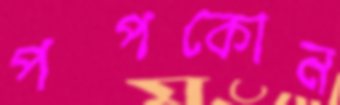
পপকোন